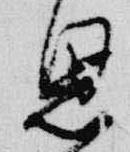
恩